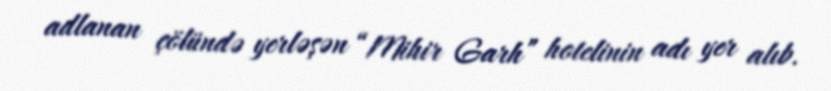
adlanan çölündə yerləşən “Mihir Garh” hotelinin adı yer alıb.